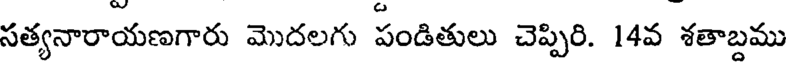
సత్యనారాయణగారు మొదలగు పండితులు చెప్పిరి. 14వ శతాబ్దము